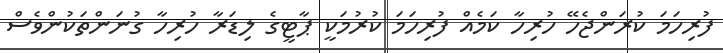
ފުރިހަމަ ކުރަންޖެހޭ ހުރިހާ ކަމެއް ފުރިހަމަ ކުރުމަކީ ޕާޓީގެ ލިޑަރާ ހުރިހާ ގުނަންތަކުންވެސް